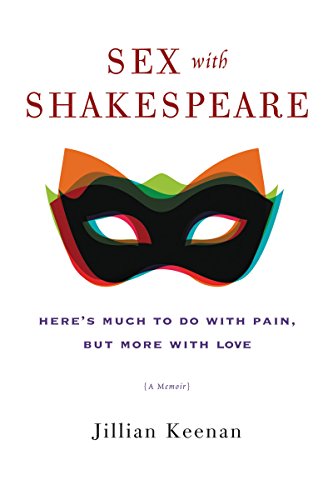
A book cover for Sex with Shakespeare: Here's Much to Do with Pain, but More with Love; Jillian Keenan; Literature & Fiction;